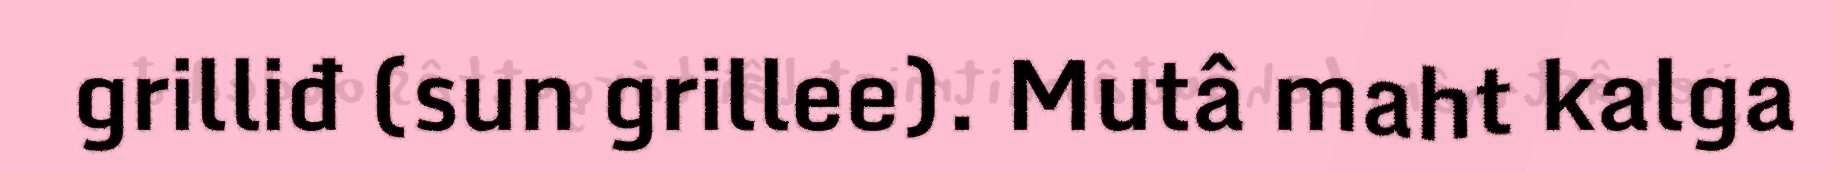
grilliđ (sun grillee). Mutâ maht kalga